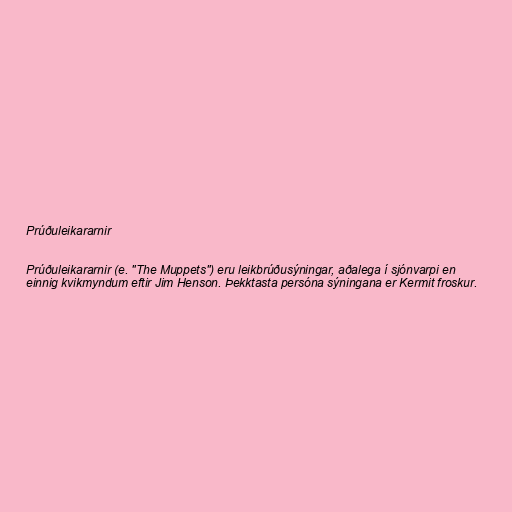
Prúðuleikararnir

Prúðuleikararnir (e. "The Muppets") eru leikbrúðusýningar, aðalega í sjónvarpi en
einnig kvikmyndum eftir Jim Henson. Þekktasta persóna sýningana er Kermit froskur.